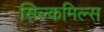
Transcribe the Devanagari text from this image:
सिल्कमिल्स